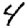
Digit: 4